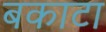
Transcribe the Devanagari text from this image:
बकाटा